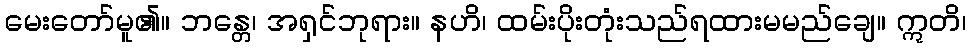
မေးတော်မူ၏။ ဘန္တေ၊ အရှင်ဘုရား။ နဟိ၊ ထမ်းပိုးတုံးသည်ရထားမမည်ချေ။ ဣတိ၊